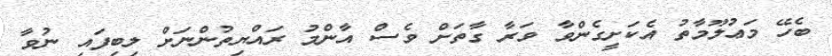
ބެހޭ މަޢުލޫމާތު އެކަށީގެންވާ ވަރާ ގާތަށް ވެސް އާންމު ރައްޔިތުންނަށް ލިބިފައި ނުވާ